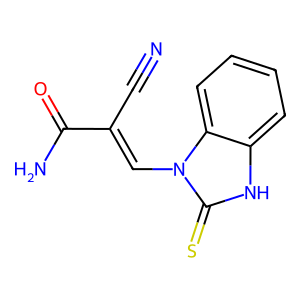
SMILES: N#CC(=Cn1c(=S)[nH]c2ccccc21)C(N)=O
Inhibits HIV replication: No